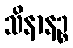
သိနာနဉ္စ